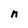
Character: n